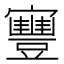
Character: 寷